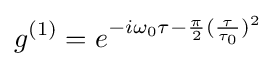
g^{(1)}=e^{-i\omega _{0}\tau -{\frac {\pi }{2}}({\frac {\tau }{\tau _{0}}})^{2}}